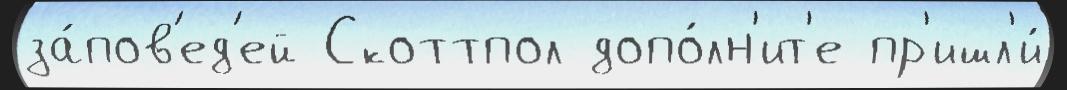
за́пов'ед'ей Скоттпол допо́лн'ит'е пр'ишл'и́